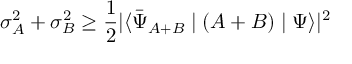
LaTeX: \sigma _ { A } ^ { 2 } + \sigma _ { B } ^ { 2 } \geq { \frac { 1 } { 2 } } | \langle { \bar { \Psi } } _ { A + B } \mid ( A + B ) \mid \Psi \rangle | ^ { 2 }